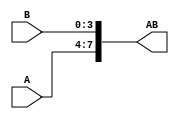
module alu_conc(
    input[3:0] A,
    input[3:0] B,
    output[7:0] AB
    );
    assign AB = {A, B};
endmodule